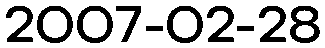
2007-02-28